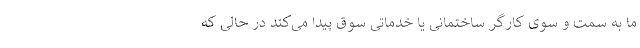
ما به سمت و سوی کارگر ساختمانی یا خدماتی سوق پیدا می‌کند در حالی که